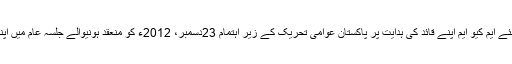
انہوں نے کہاکہ ملک ک ترقی و خوشحالی کے لئے ایم کیو ایم اپنے قائد کی ہدایت پر پاکستان عوامی تحریک کے زیر اہتمام 23دسمبر، 2012ء کو منعقد ہونیوالے جلسہ عام میں اپنے بھرپور تعاون اور شرکت کا یقین دلاتی ہے ۔